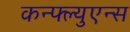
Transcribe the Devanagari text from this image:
कन्फ्ल्युएन्स